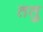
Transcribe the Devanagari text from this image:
ततु